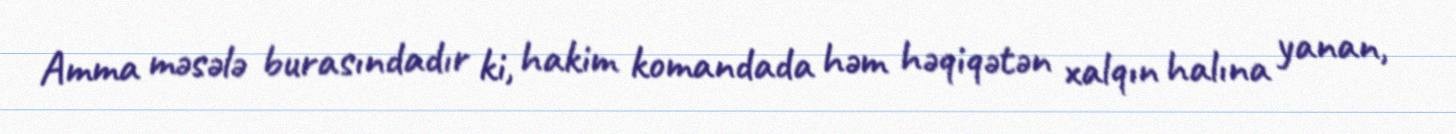
Amma məsələ burasındadır ki, hakim komandada həm həqiqətən xalqın halına yanan,